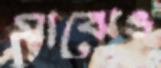
মাঝেও